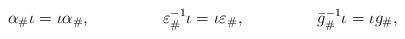
LaTeX: \begin{align*}\alpha_\#\iota &= \iota\alpha_\#,&\varepsilon_\#^{-1}\iota &= \iota\varepsilon_\#,&\bar{g}_\#^{-1}\iota &= \iota g_\#,\end{align*}